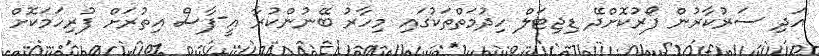
އަދި ސަރުކާރުން ފޯރުކޮށްދޭ ޑިޖިޓަލް ހިދުމަތްތަކުގައި މިހާރު ބޭނުންކުރާ އީ-ފާސް އިތުރަށް ފުރިހަމަކޮށް